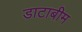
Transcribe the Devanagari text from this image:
डाटाबीम